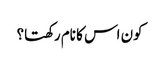
کون اس کا نام رکھتا؟